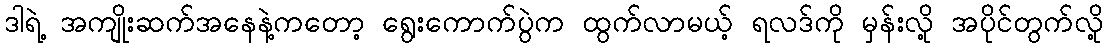
ဒါရဲ့ အကျိုးဆက်အနေနဲ့ကတော့ ရွေးကောက်ပွဲက ထွက်လာမယ့် ရလဒ်ကို မှန်းလို့ အပိုင်တွက်လို့